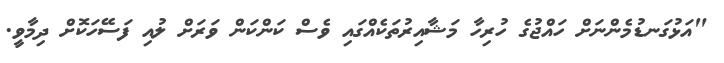
"އަޅުގަނޑުމެންނަށް ހައްޖުގެ ހުރިހާ މަޝާއިރުތަކެއްގައި ވެސް ކަންކަން ވަރަށް ލުއި ފަސޭހަކޮށް ދިމާވީ.